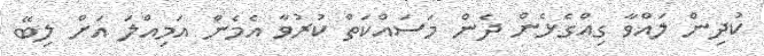
ކުދިން ލައްވާ ގިއްގެޅެން ދެން މަސައްކަތް ކުރުވާ އެމެން އަމިއްލަ އަށް ލިބޭ